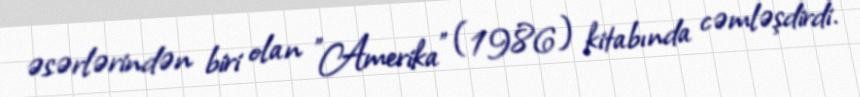
əsərlərindən biri olan "Amerika" (1986) kitabında cəmləşdirdi.